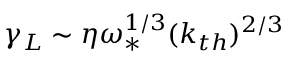
\gamma _ { L } \sim \eta \omega _ { \ast } ^ { 1 / 3 } ( k _ { t h } ) ^ { 2 / 3 }